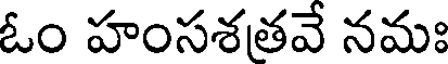
ఓం హంసశతవే నమః